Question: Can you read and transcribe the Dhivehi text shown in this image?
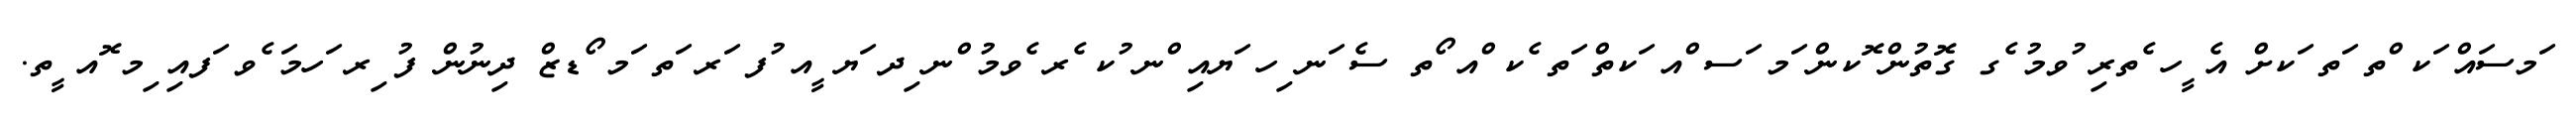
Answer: ަމސައް ަކ ްތ ަތ ަކށް އެ ީހ ެތރި ުވމު ެގ ގޮތުން ޮކން ަމ ަސ ްއ ަކތް ަތ ެކ ްއ ޯތ ސެ ަނ ިހ ަޔއި ްނ ުކ ެރ ެވމު ްނ ިދ ަޔ ީއ ުފ ަރ ަތ ަމ ޯޑޒް ދިނުން ފު ިރ ަހމަ ެވ ަފއި ިމ ޮއ ީތ.